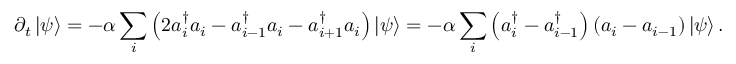
\partial _ { t } \left| \psi \right\rangle = - \alpha \sum _ { i } \left( 2 a _ { i } ^ { \dagger } a _ { i } - a _ { i - 1 } ^ { \dagger } a _ { i } - a _ { i + 1 } ^ { \dagger } a _ { i } \right) \left| \psi \right\rangle = - \alpha \sum _ { i } \left( a _ { i } ^ { \dagger } - a _ { i - 1 } ^ { \dagger } \right) ( a _ { i } - a _ { i - 1 } ) \left| \psi \right\rangle .